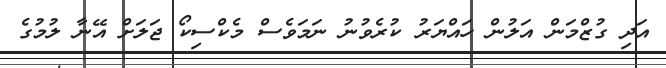
އަދި ގުޒްމަން އަލުން ހައްޔަރު ކުރެވުނު ނަމަވެސް މެކްސިކޯ ޖަލަށް އޭނާ ލުމުގެ